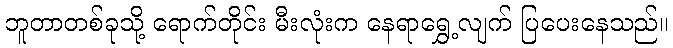
ဘူတာတစ်ခုသို့ ရောက်တိုင်း မီးလုံးက နေရာရွှေ့လျက် ပြပေးနေသည်။